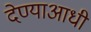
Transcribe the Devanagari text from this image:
देण्याआधी